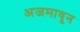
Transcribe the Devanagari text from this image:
अजमावून